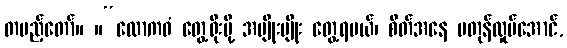
တပည့်တော်။ ။“လောကဓံ တွေ့ရိုးမို့ အမျိုးမျိုး တွေ့ရမယ်၊ စိတ်အနေ မတုန်လှုပ်အောင်,